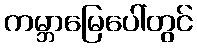
ကမ္ဘာမြေပေါ်တွင်